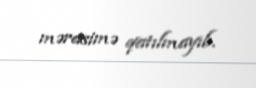
mərasimə qatılmayıb.